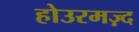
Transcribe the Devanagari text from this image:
होउरमज़्द